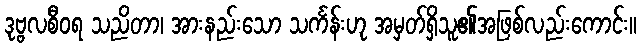
ဒုဗ္ဗလစီဝရ သညိတာ၊ အားနည်းသော သင်္ကန်းဟု အမှတ်ရှိသူ၏အဖြစ်လည်းကောင်း။